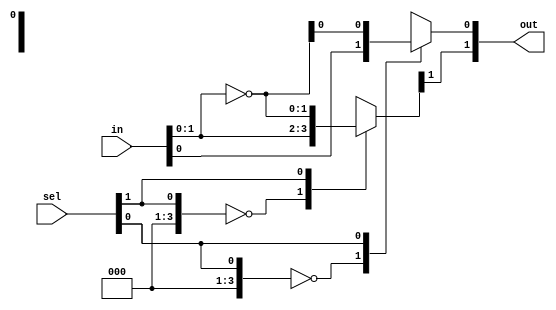
module combinational_logic_block #(
    parameter N = 4, // Number of input signals
    parameter M = 2  // Number of output signals
) (
    input [N-1:0] in,   // Input signals
    input [M-1:0] sel,  // Function select signals (for N outputs)
    output [M-1:0] out  // Output signals
);

    // Internal wire for combinational logic output
    wire [M-1:0] lut_result [0:15]; // Assuming max 16 functions for M outputs

    // Function definitions for combinational logic operations
    assign lut_result[0] = in;                       // Function 0: Identity
    assign lut_result[1] = ~in;                      // Function 1: NOT (inverted)
    assign lut_result[2] = in & in;                  // Function 2: AND (A & A)
    assign lut_result[3] = in | in;                  // Function 3: OR (A | A)
    assign lut_result[4] = in ^ in;                  // Function 4: XOR (A ^ A)
    assign lut_result[5] = ~(in & in);                // Function 5: NAND (A & A)'
    assign lut_result[6] = ~(in | in);                // Function 6: NOR (A | A)'
    assign lut_result[7] = ~(in ^ in);                // Function 7: XNOR (A ^ A)'
    assign lut_result[8] = in;                       // Function 8: Identity
    assign lut_result[9] = ~in;                      // Function 9: NOT
    assign lut_result[10] = in & (~in);              // Function 10: A & !A
    assign lut_result[11] = in | (~in);              // Function 11: A | !A
    assign lut_result[12] = 1'b0;                    // Function 12: Constant 0
    assign lut_result[13] = 1'b1;                    // Function 13: Constant 1
    assign lut_result[14] = 1'b0;                    // Function 14: Default logic
    assign lut_result[15] = 1'b1;                    // Function 15: Default logic

    // Output selection using the configuration signal 'sel'
    generate
        genvar i;
        for (i = 0; i < M; i = i + 1) begin : out_select
            assign out[i] = lut_result[sel[i]][i]; // Select results based on 'sel'
        end
    endgenerate

endmodule